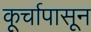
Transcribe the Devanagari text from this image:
कूर्चापासून